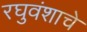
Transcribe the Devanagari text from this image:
रघुवंशाचे